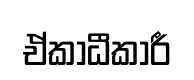
ඒකාධීකාරී